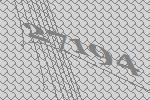
27194